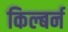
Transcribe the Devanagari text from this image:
किल्बर्न